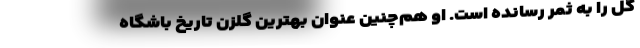
گل را به ثمر رسانده است. او هم‌چنین عنوان بهترین گلزن تاریخ باشگاه